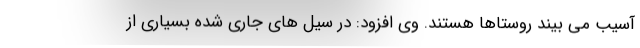
آسیب می بیند روستاها هستند. وی افزود: در سیل های جاری شده بسیاری از